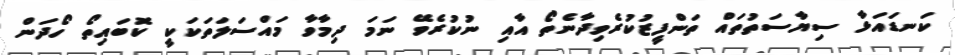
ކަނޑައަޅާ ސިޔާސަތުތައް ތަންފީޒުކުރެވިދާނެތޯ އާއި ނުކުރެވޭ ނަމަ ދިމާވާ މައްސަލަތަކަކީ ކޮބައިތޯ ހޯދަން